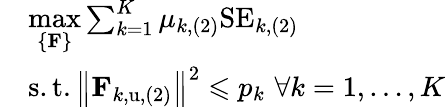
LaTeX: \begin{array}{rl}&{\underset{\left\{ \mathbf{F}\right\} }{\operatorname*{max}}\sum_{k=1}^{K}{\mu_{k,(2)}\mathrm{SE}_{k,(2)}}}\\ &{\mathrm{s}.\mathrm{t}.\left\| \mathbf{F}_{k,\mathrm{u},(2)}\right\| ^{2}\leqslant p_{k}\, \, \forall k=1,\dots,K}\end{array}